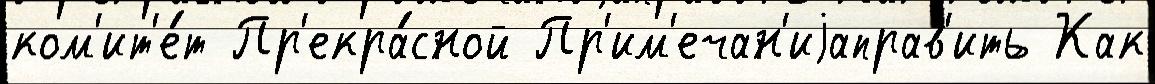
ком'ит'е́т Пр'екра́сной Пр'им'ечан'иjаправ'ить Как